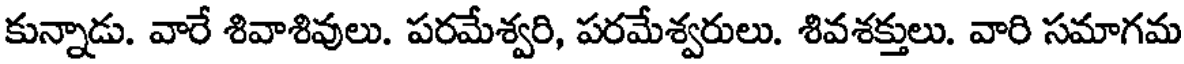
కున్నాడు. వారే శివాశివులు. పరమేశ్వరి, పరమేశ్వరులు. శివశక్తులు. వారి సమాగమ